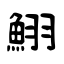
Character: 鮙